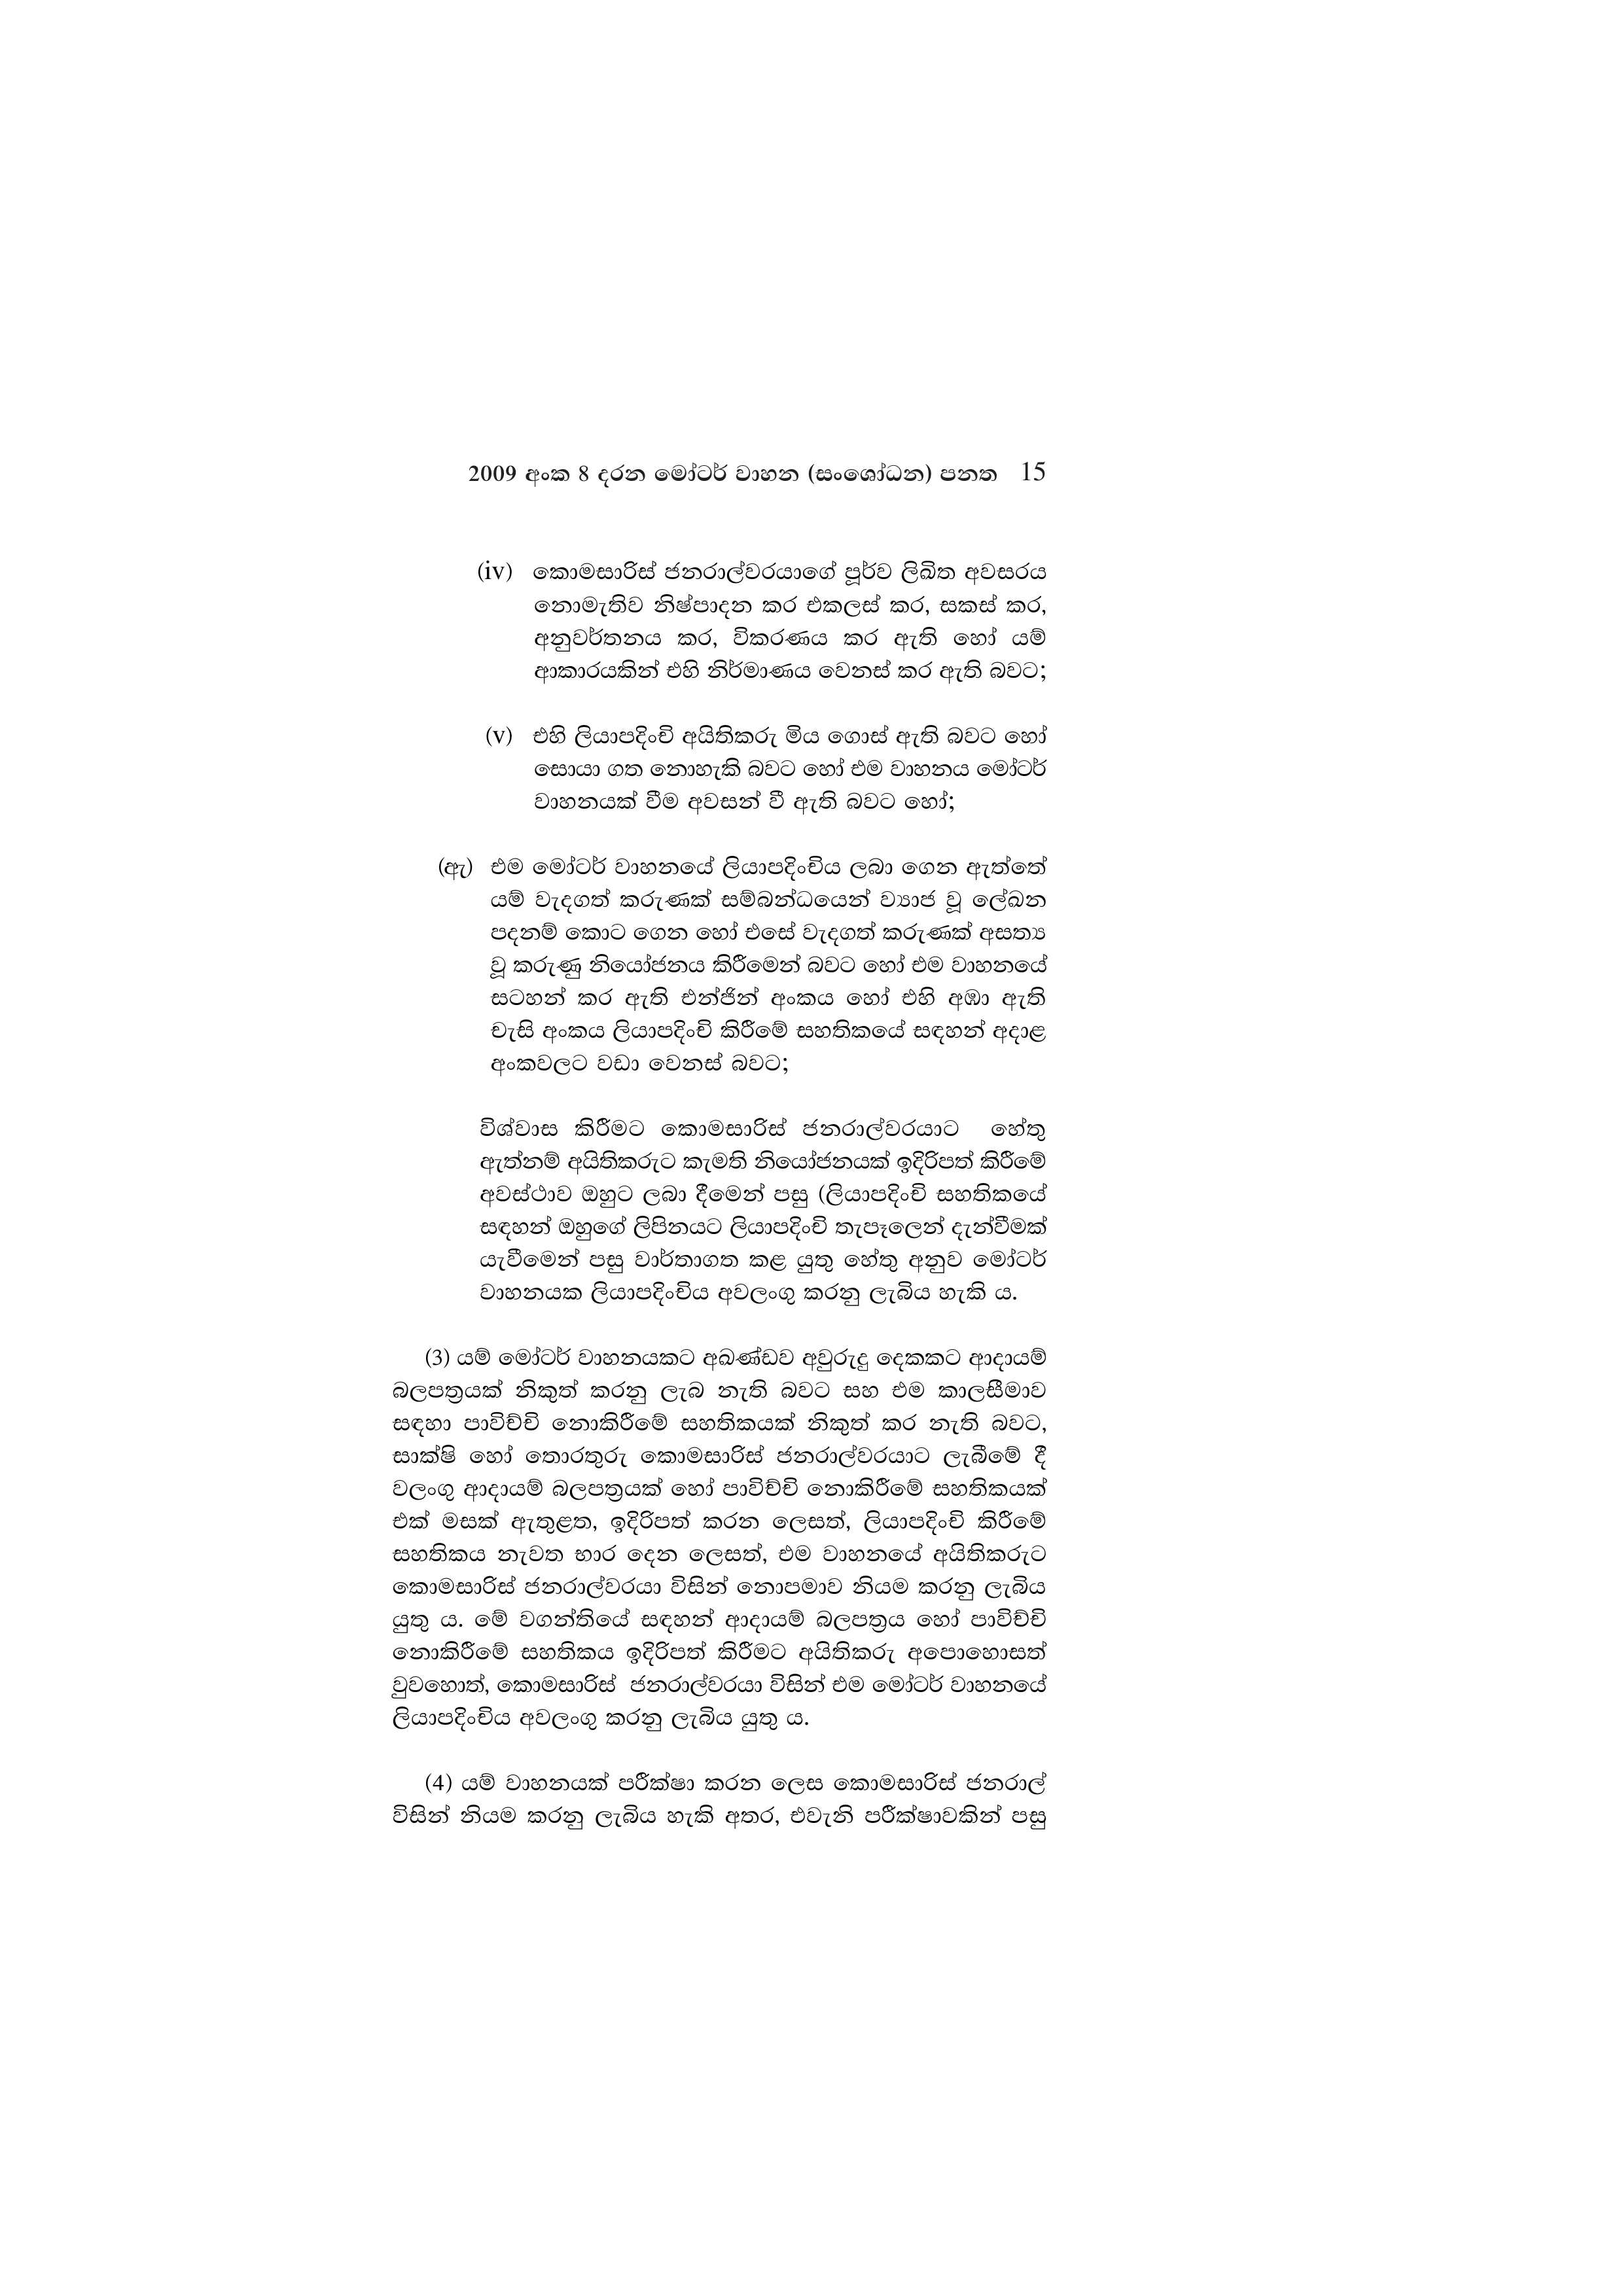
2009 අංක 8 දරන මෝටර් වාහන (සංශෝධන) පනත 15

(iv) කොමසාරිස් ජනරාල්වරයාගේ පූර්ව ලිඛිත අවසරය
නොමැතිව නිෂ්පාදන කර එකලස් කර, සකස් කර,
අනුවර්තනය කර, විකරණය කර ඇති හෝ යම්
ආකාරයකින් එහි නිර්මාණය වෙනස් කර ඇති බවට;

(v) එහි ලියාපදිංචි අයිතිකරු මිය ගොස් ඇති බවට හෝ
සොයා ගත නොහැකි බවට හෝ එම වාහනය මෝටර්
වාහනයක් වීම අවසන් වී ඇති බවට හෝ;

(ඇ) එම මෝටර් වාහනයේ ලියාපදිංචිය ලබා ගෙන ඇත්තේ
යම් වැදගත් කරුණක් සම්බන්ධයෙන් ව්‍යාජ වූ ලේඛන
පදනම් කොට ගෙන හෝ එසේ වැදගත් කරුණක් අසත්‍ය
වූ කරුණු නියෝජනය කිරීමෙන් බවට හෝ එම වාහනයේ
සටහන් කර ඇති එන්ජින් අංකය හෝ එහි අඹා ඇති
චැසි අංකය ලියාපදිංචි කිරීමේ සහතිකයේ සඳහන් අදාළ
අංකවලට වඩා වෙනස් බවට;

විශ්වාස කිරීමට කොමසාරිස් ජනරාල්වරයාට හේතු
ඇත්නම් අයිතිකරුට කැමති නියෝජනයක් ඉදිරිපත් කිරීමේ
අවස්ථාව ඔහුට ලබා දීමෙන් පසු (ලියාපදිංචි සහතිකයේ
සඳහන් ඔහුගේ ලිපිනයට ලියාපදිංචි තැපෑලෙන් දැන්වීමක්
යැවීමෙන් පසු වාර්තාගත කළ යුතු හේතු අනුව මෝටර්
වාහනයක ලියාපදිංචිය අවලංගු කරනු ලැබිය හැකි ය.

(3) යම් මෝටර් වාහනයකට අඛණ්ඩව අවුරුදු දෙකකට ආදායම්
බලපත්‍රයක් නිකුත් කරනු ලැබ නැති බවට සහ එම කාලසීමාව
සඳහා පාවිච්චි නොකිරීමේ සහතිකයක් නිකුත් කර නැති බවට,
සාක්ෂි හෝ තොරතුරු කොමසාරිස් ජනරාල්වරයාට ලැබීමේ දී
වලංගු ආදායම් බලපත්‍රයක් හෝ පාවිච්චි නොකිරීමේ සහතිකයක්
එක් මසක් ඇතුළත, ඉදිරිපත් කරන ලෙසත්, ලියාපදිංචි කිරීමේ
සහතිකය නැවත භාර දෙන ලෙසත්, එම වාහනයේ අයිතිකරුට
කොමසාරිස් ජනරාල්වරයා විසින් නොපමාව නියම කරනු ලැබිය
යුතු ය. මේ වගන්තියේ සඳහන් ආදායම් බලපත්‍රය හෝ පාවිච්චි
නොකිරීමේ සහතිකය ඉදිරිපත් කිරීමට අයිතිකරු අපොහොසත්
වුවහොත්, කොමසාරිස් ජනරාල්වරයා විසින් එම මෝටර් වාහනයේ
ලියාපදිංචිය අවලංගු කරනු ලැබිය යුතු ය.

(4) යම් වාහනයක් පරීක්ෂා කරන ලෙස කොමසාරිස් ජනරාල්
විසින් නියම කරනු ලැබිය හැකි අතර, එවැනි පරීක්ෂාවකින් පසු